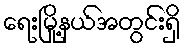
ရေးမြို့နယ်အတွင်းရှိ